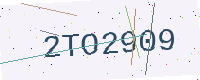
Text: 2TO2909